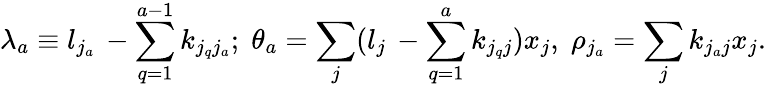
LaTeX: \lambda_{a}\equiv l_{j_{a}}\, -\sum_{q=1}^{a-1}k_{j_{q}j_{a}};\; \theta_{a}=\sum_{j}(l_{j}\, -\sum_{q=1}^{a}k_{j_{q}j})x_{j},\; \rho_{j_{a}}=\sum_{j}k_{j_{a}j}x_{j}.